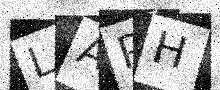
Text: LAPH